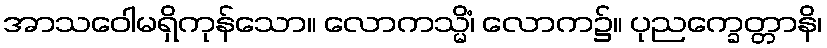
အာသဝေါမရှိကုန်သော။ လောကသ္မိံ၊ လောက၌။ ပုညက္ခေတ္တာနိ၊